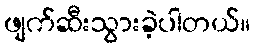
ဖျက်ဆီးသွားခဲ့ပါတယ်။